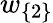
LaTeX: w_{\{ 2\} }